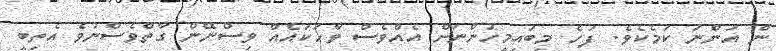
ން އަންނަ ކަމެކެވެ. ފަހެ މިބައިމީހުންނަށް އެއްވެސް ވާހަކައެއް ވިސްނޭން ގާތްވެސްނުވެ އެތިބީ